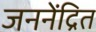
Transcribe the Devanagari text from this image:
जननेंद्रित